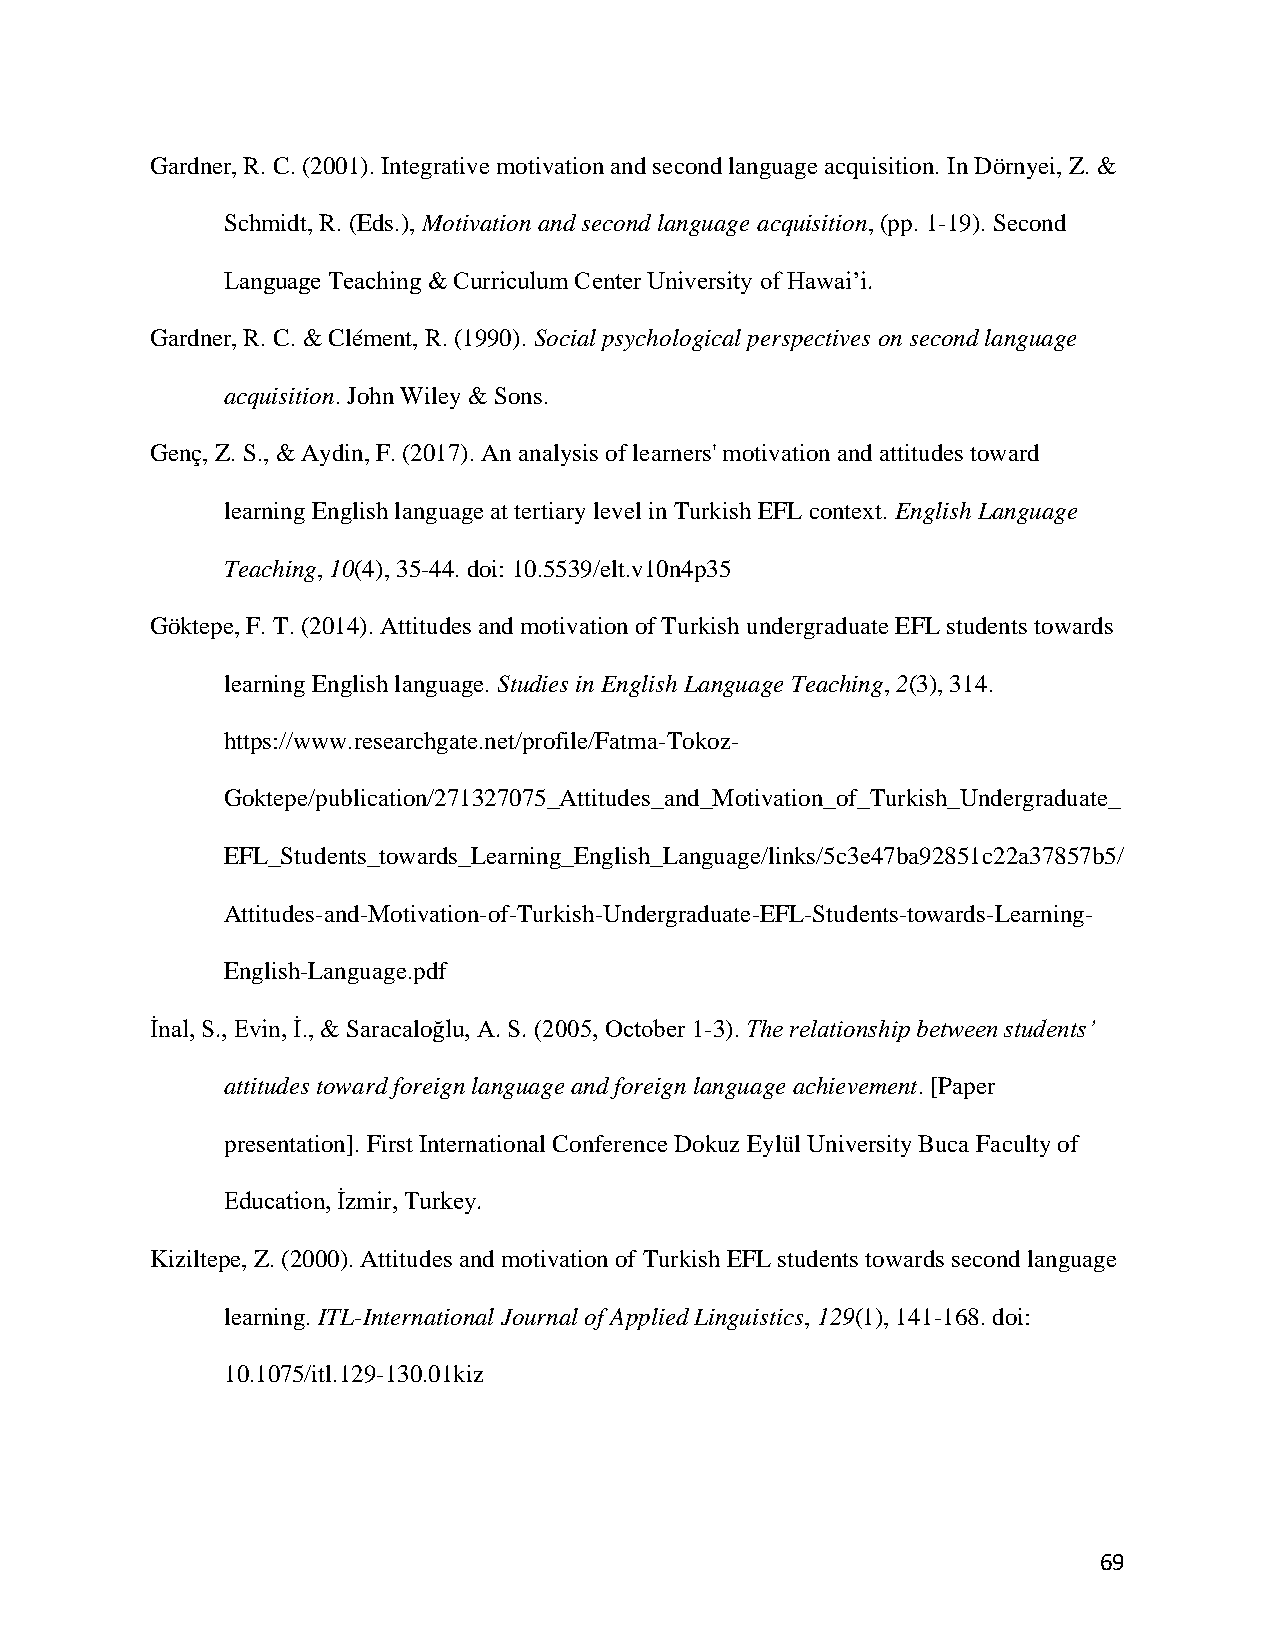
Gardner, R. C. (2001). Integrative motivation and second language acquisition. In Dörnyei, Z. &
 Schmidt, R. (Eds.), Motivation and second language acquisition, (pp. 1-19). Second
 Language Teaching & Curriculum Center University of Hawai’i.
 Gardner, R. C. & Clément, R. (1990). Social psychological perspectives on second language
 acquisition. John Wiley & Sons.
 Genç, Z. S., & Aydin, F. (2017). An analysis of learners' motivation and attitudes toward
 learning English language at tertiary level in Turkish EFL context. English Language
 Teaching, 10(4), 35-44. doi: 10.5539/elt.v10n4p35
 Göktepe, F. T. (2014). Attitudes and motivation of Turkish undergraduate EFL students towards
 learning English language. Studies in English Language Teaching, 2(3), 314.
 https://www.researchgate.net/profile/Fatma-Tokoz-
 Goktepe/publication/271327075_Attitudes_and_Motivation_of_Turkish_Undergraduate_
 EFL_Students_towards_Learning_English_Language/links/5c3e47ba92851c22a37857b5/
 Attitudes-and-Motivation-of-Turkish-Undergraduate-EFL-Students-towards-Learning-
 English-Language.pdf
 İnal, S., Evin, İ., & Saracaloğlu, A. S. (2005, October 1-3). The relationship between students’
 attitudes toward foreign language and foreign language achievement. [Paper
 presentation]. First International Conference Dokuz Eylül University Buca Faculty of
 Education, İzmir, Turkey.
 Kiziltepe, Z. (2000). Attitudes and motivation of Turkish EFL students towards second language
 learning. ITL-International Journal of Applied Linguistics, 129(1), 141-168. doi:
 10.1075/itl.129-130.01kiz
 69